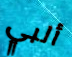
ألبي